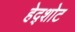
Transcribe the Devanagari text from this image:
हेद्शोट